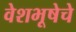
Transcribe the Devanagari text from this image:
वेशभूषेचे